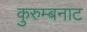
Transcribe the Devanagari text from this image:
कुरुम्बनाट